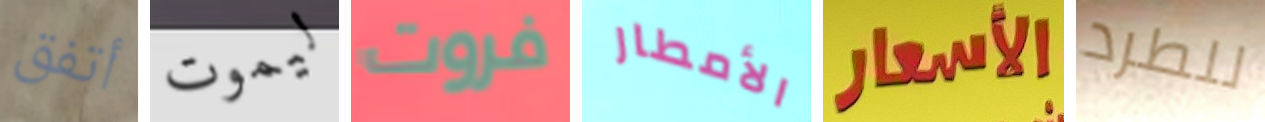
أتفق ليموت فروت الأمطار الأسعار للطرد